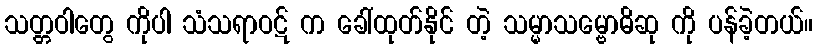
သတ္တဝါတွေ ကိုပါ သံသရာဝဋ် က ခေါ်ထုတ်နိုင် တဲ့ သမ္မာသမ္ဗောဓိဆု ကို ပန်ခဲ့တယ်။